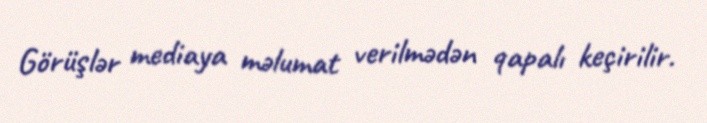
Görüşlər mediaya məlumat verilmədən qapalı keçirilir.